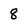
Character: 8